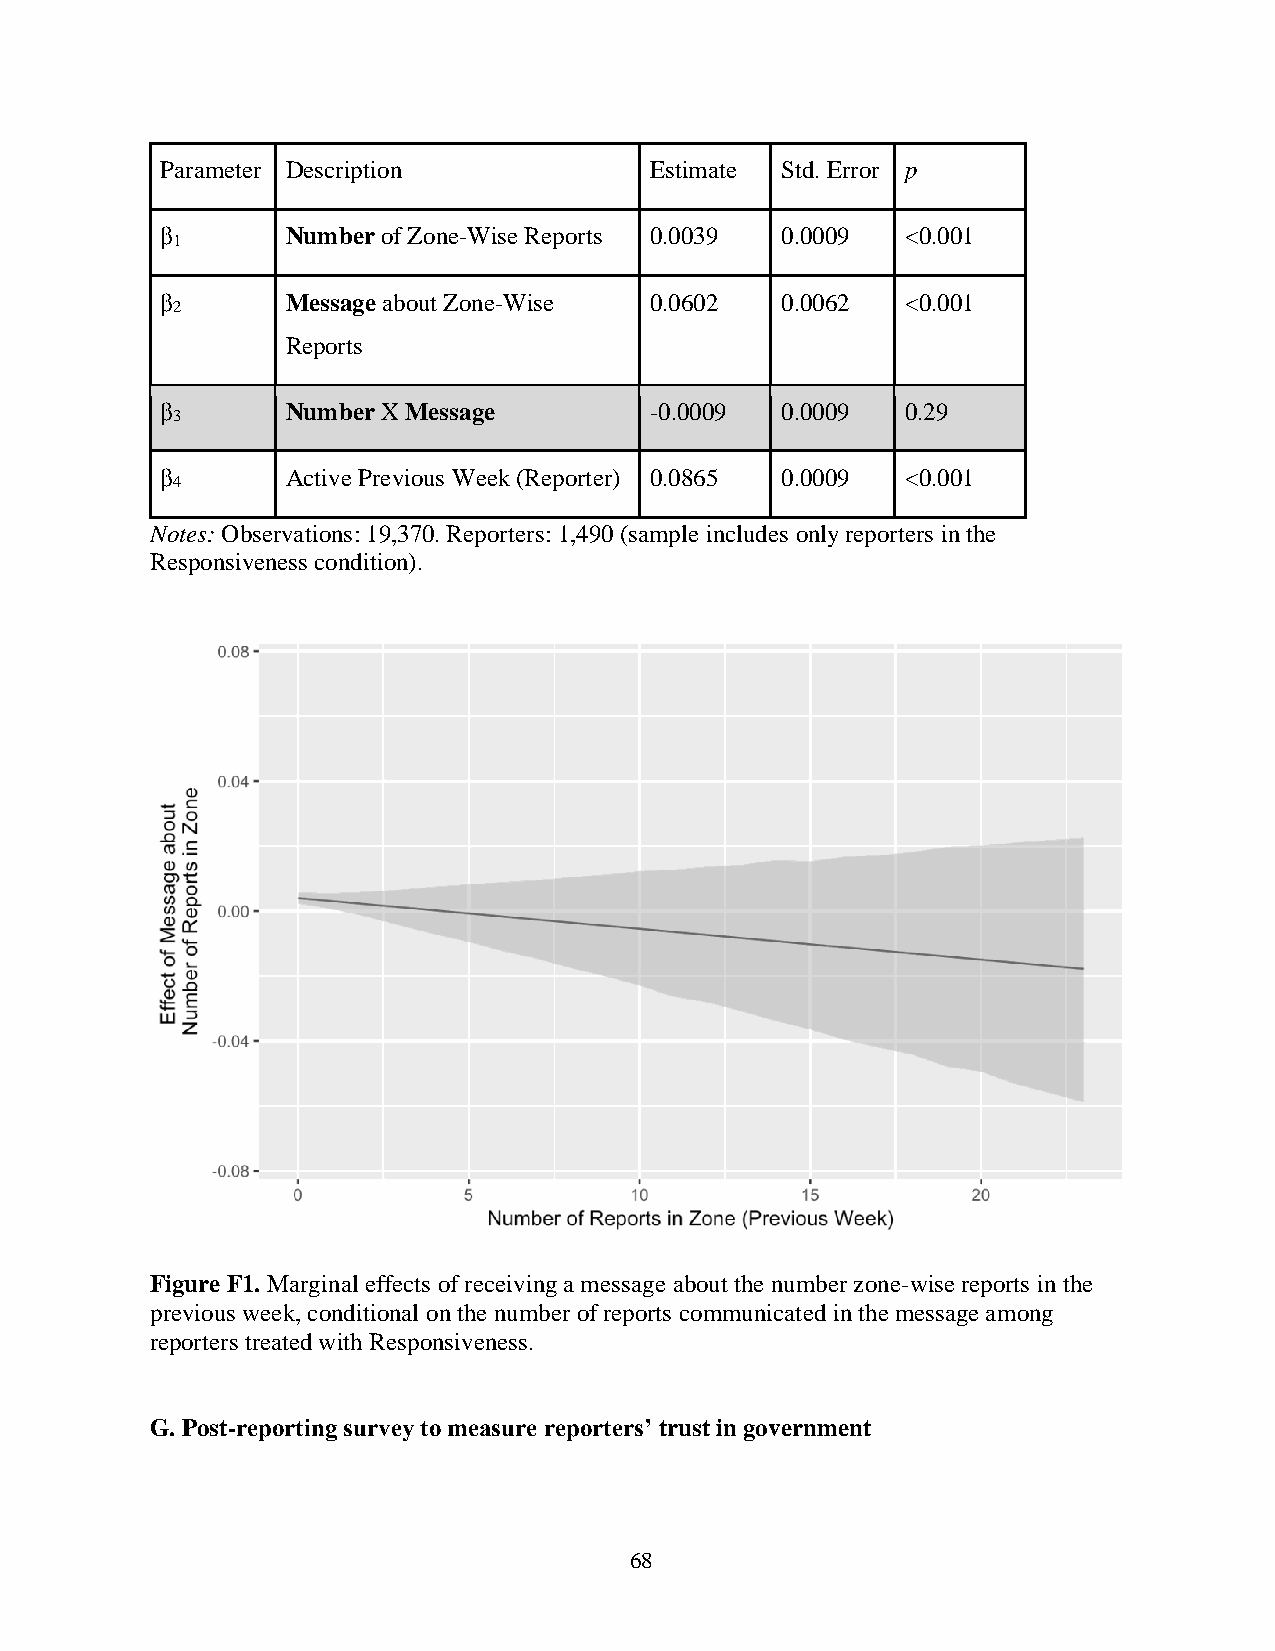
Parameter Description           Estimate Std. Error p
 β       Number of Zone-Wise Reports 0.0039 0.0009 <0.001
 1
 β       Message about Zone-Wise 0.0602   0.0062  <0.001
 2
 Reports
 β       Number X Message        -0.0009  0.0009  0.29
 3
 β       Active Previous Week (Reporter) 0.0865 0.0009 <0.001
 4
 Notes: Observations: 19,370. Reporters: 1,490 (sample includes only reporters in the
 Responsiveness condition).
 Figure F1. Marginal effects of receiving a message about the number zone-wise reports in the
 previous week, conditional on the number of reports communicated in the message among
 reporters treated with Responsiveness.
 G. Post-reporting survey to measure reporters’ trust in government
 68